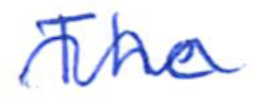
Text: The
Cross-out: wave
Writing tool: ballpoint